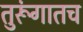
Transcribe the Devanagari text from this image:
तुरूंगातच